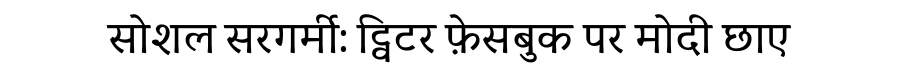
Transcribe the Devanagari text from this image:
सोशल सरगर्मी: ट्विटर फ़ेसबुक पर मोदी छाए